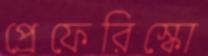
প্রেফেরিস্কো